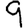
Digit: 9